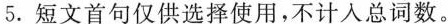
5.短文首句仅供选择使用,不计入总词数.